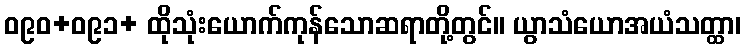
ဝ၉၀+ဝ၉၁+ ထိုသုံးယောက်ကုန်သောဆရာတို့တွင်။ ယွာသံယောအယံသတ္ထာ၊